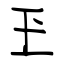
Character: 玊